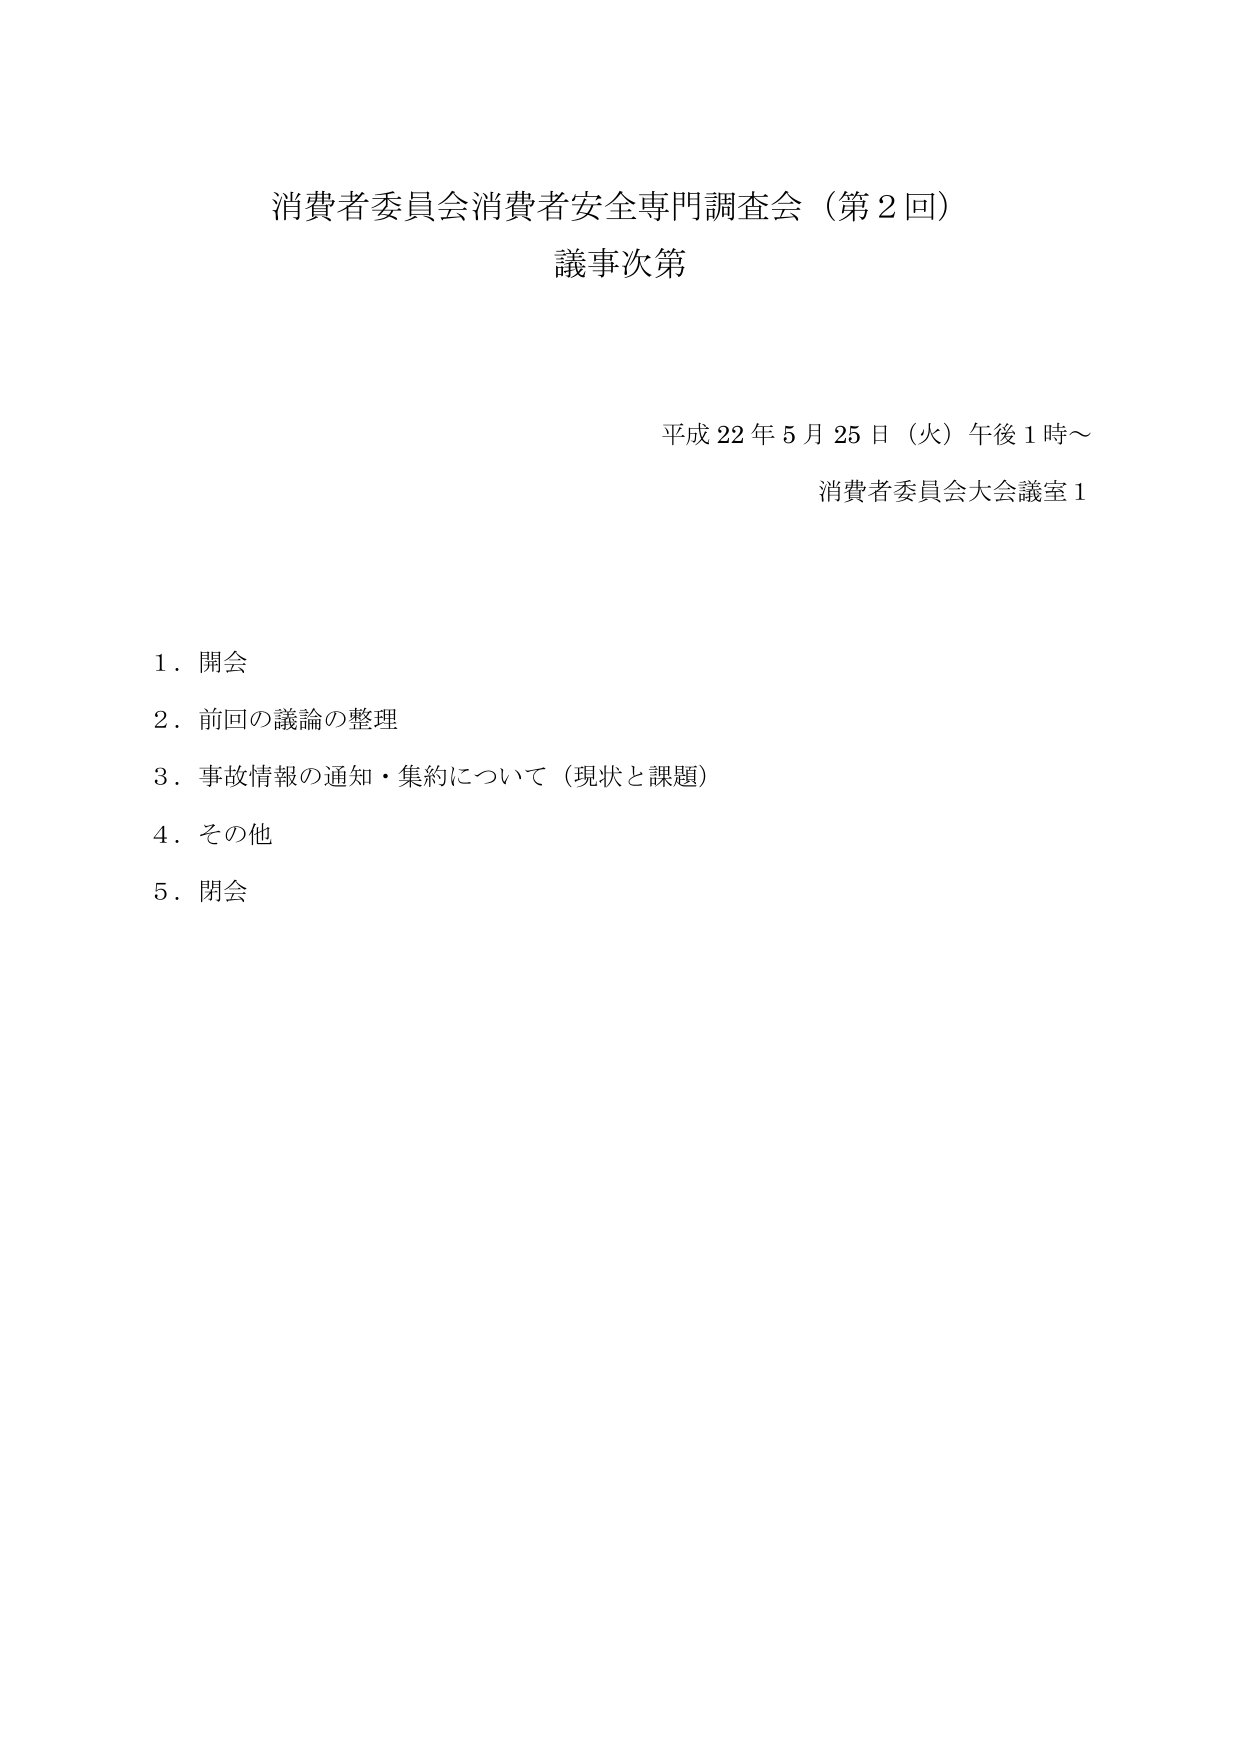
消費者委員会消費者安全専門調査会（第２回）
議事次第

平成22年5月25日（火）午後1時～
消費者委員会大会議室1

1．開会
2．前回の議論の整理
3．事故情報の通知・集約について（現状と課題）
4．その他
5．閉会